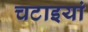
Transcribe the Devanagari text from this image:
चटाइयां